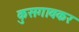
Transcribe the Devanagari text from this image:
कुसगावकर